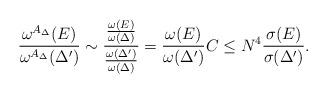
LaTeX: \begin{align*} \frac{\omega^{A_\Delta}(E)}{\omega^{A_{\Delta}}(\Delta')} \sim \dfrac{\frac{\omega(E)}{\omega(\Delta)}}{\frac{\omega(\Delta')}{\omega(\Delta)}} = \frac{\omega(E)}{\omega(\Delta')} C \le N^4 \frac{\sigma(E)}{\sigma(\Delta')}.\end{align*}